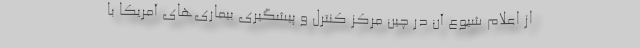
از اعلام شیوع آن در چین مرکز کنترل و پیشگیری بیماری‌های آمریکا با